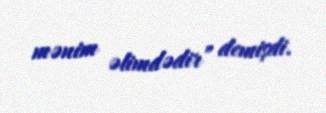
mənim əlimdədir” demişdi.